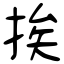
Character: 挨